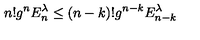
n ! g ^ { n } E _ { n } ^ { \lambda } \le ( n - k ) ! g ^ { n - k } E _ { n - k } ^ { \lambda } ~